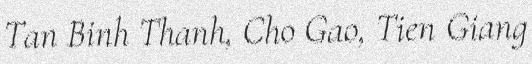
Tan Binh Thanh, Cho Gao, Tien Giang